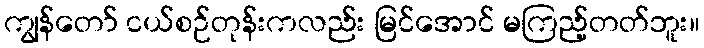
ကျွန်တော် ငယ်စဉ်တုန်းကလည်း မြင်အောင် မကြည့်တတ်ဘူး။